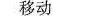
移动